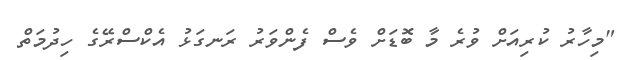
"މިހާރު ކުރިއަށް ވުރެ މާ ބޮޑަށް ވެސް ފެންވަރު ރަނގަޅު އެކްސްރޭގެ ހިދުމަތް